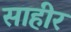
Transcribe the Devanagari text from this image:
साहीर